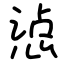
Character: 惉